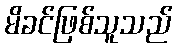
မိခင်ဖြစ်သူသည်